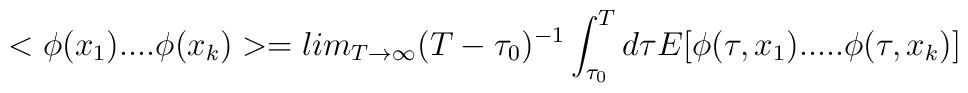
<\phi(x_{1})....\phi(x_{k})>=lim_{T\rightarrow\infty}(T-\tau_{0})^{-1}\int_{\tau_{0}}^{T} d\tau E[\phi(\tau,x_{1}).....\phi(\tau,x_{k})]